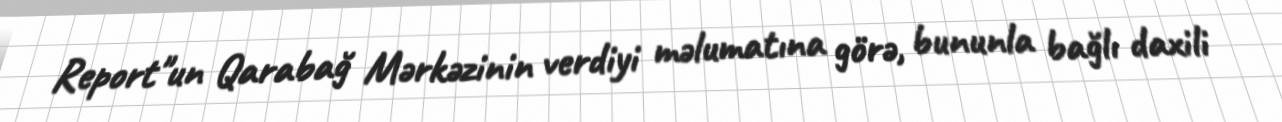
Report"un Qarabağ Mərkəzinin verdiyi məlumatına görə, bununla bağlı daxili